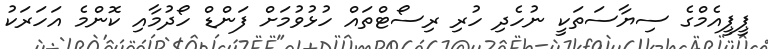
ޕީޕީއެމްގެ ސިޔާސަތަކީ ނުހެދި ހުރި ރިސޯޓްތައް ހުޅުވުމަށް ފަންޑް ހޯދުމާއި ކޮންމެ އަހަރަކު